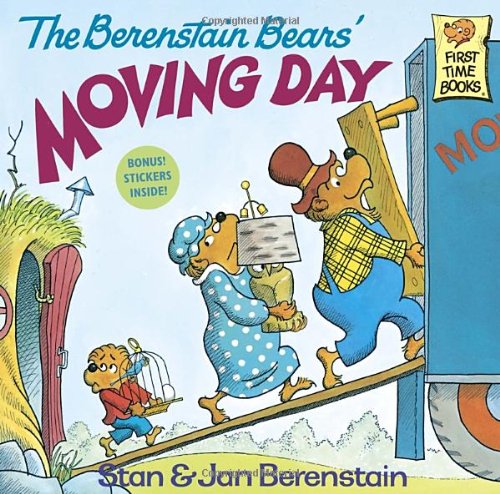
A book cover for The Berenstain Bears' Moving Day; Stan Berenstain; Children's Books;